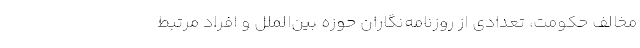
مخالف حکومت، تعدادی از روزنامه‌نگاران حوزه بین‌الملل و افراد مرتبط